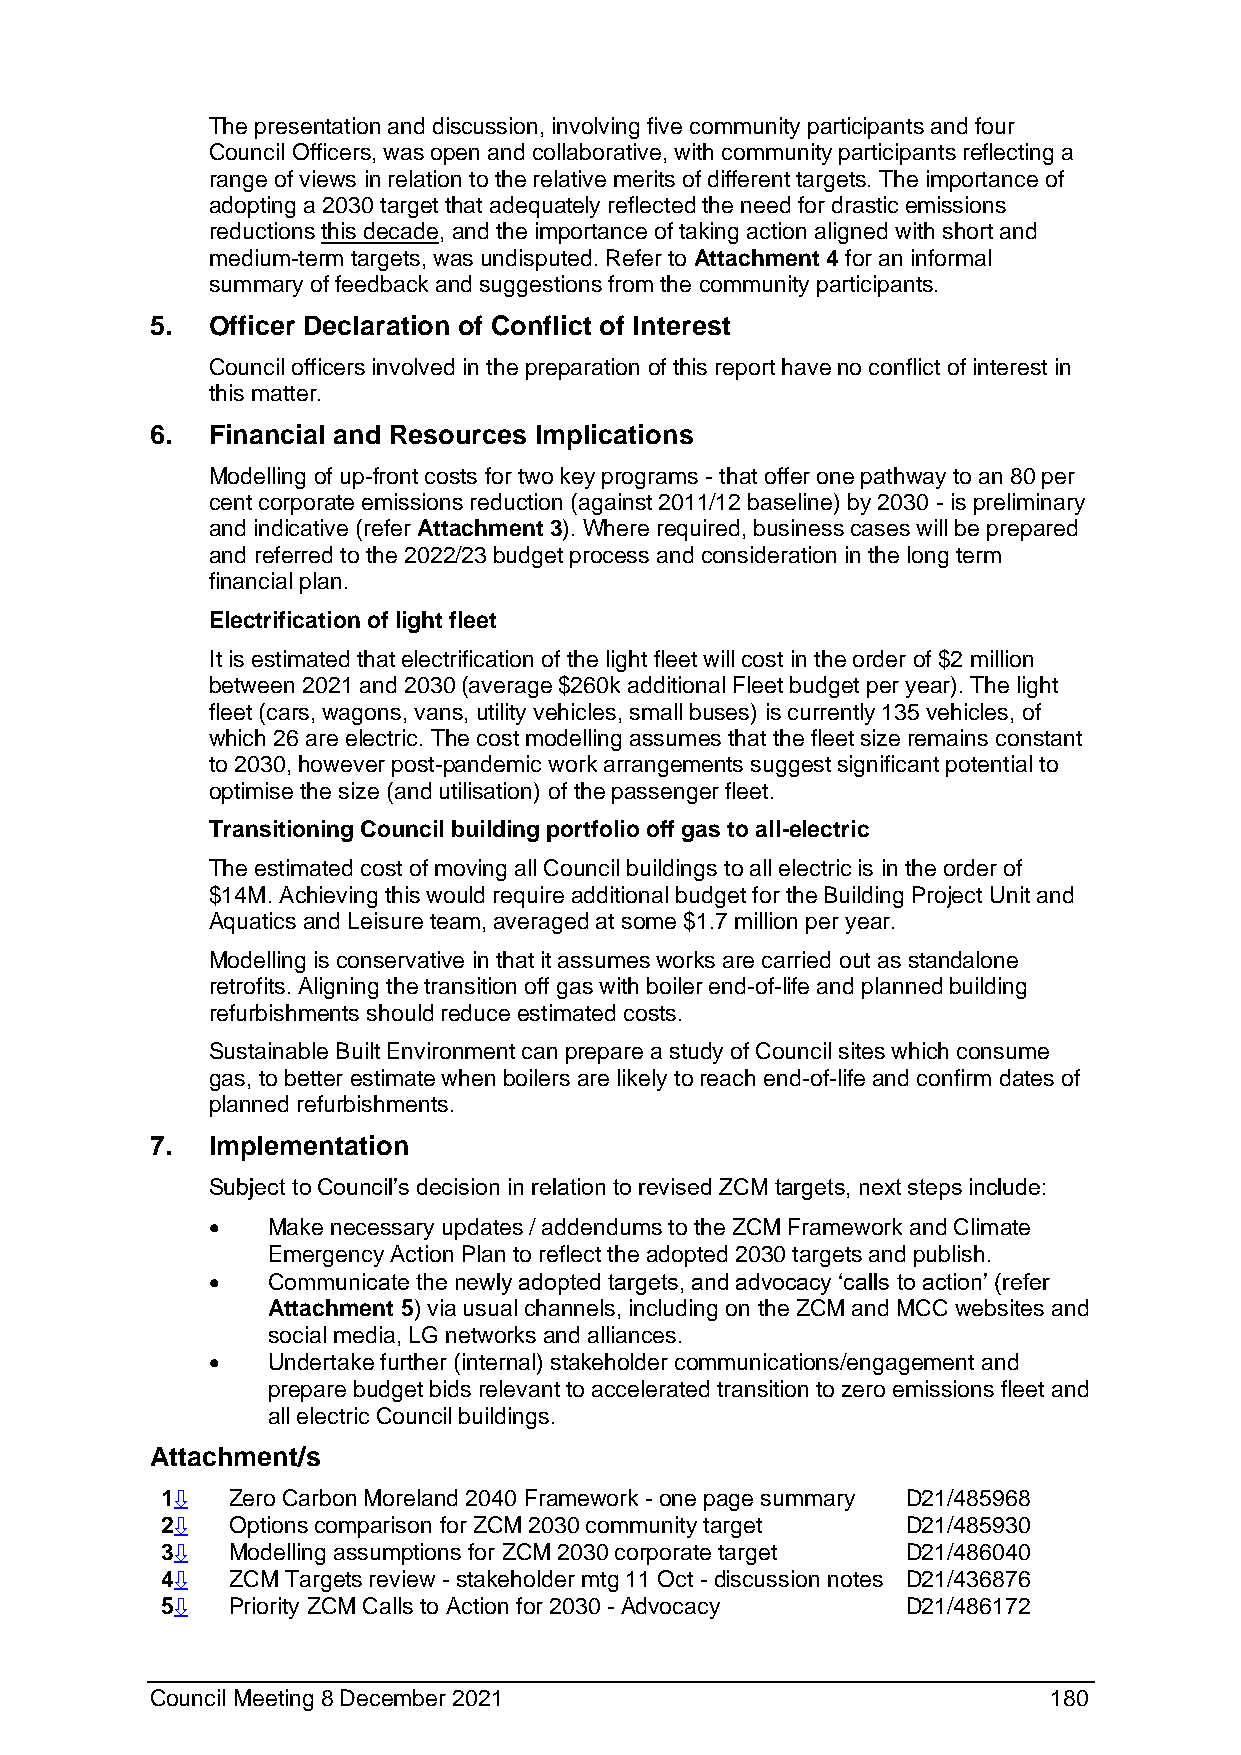
The presentation and discussion, involving five community participants and four
 Council Officers, was open and collaborative, with community participants reflecting a
 range of views in relation to the relative merits of different targets. The importance of
 adopting a 2030 target that adequately reflected the need for drastic emissions
 reductions this decade, and the importance of taking action aligned with short and
 medium-term targets, was undisputed. Refer to Attachment 4 for an informal
 summary of feedback and suggestions from the community participants.
 5.  Officer Declaration of Conflict of Interest
 Council officers involved in the preparation of this report have no conflict of interest in
 this matter.
 6.  Financial and Resources Implications
 Modelling of up-front costs for two key programs - that offer one pathway to an 80 per
 cent corporate emissions reduction (against 2011/12 baseline) by 2030 - is preliminary
 and indicative (refer Attachment 3). Where required, business cases will be prepared
 and referred to the 2022/23 budget process and consideration in the long term
 financial plan.
 Electrification of light fleet
 It is estimated that electrification of the light fleet will cost in the order of $2 million
 between 2021 and 2030 (average $260k additional Fleet budget per year). The light
 fleet (cars, wagons, vans, utility vehicles, small buses) is currently 135 vehicles, of
 which 26 are electric. The cost modelling assumes that the fleet size remains constant
 to 2030, however post-pandemic work arrangements suggest significant potential to
 optimise the size (and utilisation) of the passenger fleet.
 Transitioning Council building portfolio off gas to all-electric
 The estimated cost of moving all Council buildings to all electric is in the order of
 $14M. Achieving this would require additional budget for the Building Project Unit and
 Aquatics and Leisure team, averaged at some $1.7 million per year.
 Modelling is conservative in that it assumes works are carried out as standalone
 retrofits. Aligning the transition off gas with boiler end-of-life and planned building
 refurbishments should reduce estimated costs.
 Sustainable Built Environment can prepare a study of Council sites which consume
 gas, to better estimate when boilers are likely to reach end-of-life and confirm dates of
 planned refurbishments.
 7.  Implementation
 Subject to Council’s decision in relation to revised ZCM targets, next steps include:
 •   Make necessary updates / addendums to the ZCM Framework and Climate
 Emergency Action Plan to reflect the adopted 2030 targets and publish.
 •   Communicate the newly adopted targets, and advocacy ‘calls to action’ (refer
 Attachment 5) via usual channels, including on the ZCM and MCC websites and
 social media, LG networks and alliances.
 •   Undertake further (internal) stakeholder communications/engagement and
 prepare budget bids relevant to accelerated transition to zero emissions fleet and
 all electric Council buildings.
 Attachment/s
 1⇩  Zero Carbon Moreland 2040 Framework - one page summary D21/485968
 2⇩  Options comparison for ZCM 2030 community target D21/485930
 3⇩  Modelling assumptions for ZCM 2030 corporate target D21/486040
 4⇩  ZCM Targets review - stakeholder mtg 11 Oct - discussion notes D21/436876
 5⇩  Priority ZCM Calls to Action for 2030 - Advocacy D21/486172
 Council Meeting 8 December 2021                            180